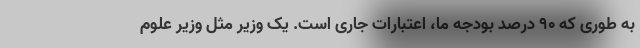
به طوری که ۹۰ درصد بودجه ما، اعتبارات جاری است. یک وزیر مثل وزیر علوم